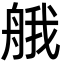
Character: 𦩆